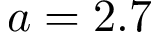
a = 2 . 7